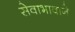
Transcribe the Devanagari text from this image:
सेवाभावाने